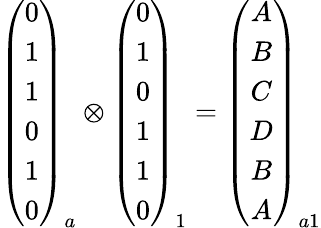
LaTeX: \begin{array}{r}{\left(\begin{array}{c}{0}\\ {1}\\ {1}\\ {0}\\ {1}\\ {0}\end{array}\right)_{a}\otimes\left(\begin{array}{c}{0}\\ {1}\\ {0}\\ {1}\\ {1}\\ {0}\end{array}\right)_{1}=\left(\begin{array}{c}{A}\\ {B}\\ {C}\\ {D}\\ {B}\\ {A}\end{array}\right)_{a1}}\end{array}